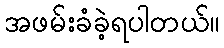
အဖမ်းခံခဲ့ရပါတယ်။